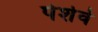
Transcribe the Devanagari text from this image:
पेशेवे